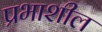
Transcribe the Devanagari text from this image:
प्रभाशील